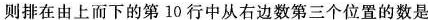
则排在由上而下的第10行中从右边数第三个位置的数是